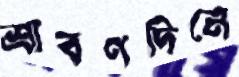
শ্রাবণদিনে